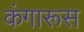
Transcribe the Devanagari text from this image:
कंगारूस